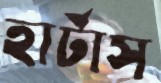
হার্টাস